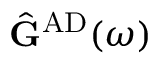
\hat { \mathbf { G } } ^ { \mathrm { A D } } ( \omega )